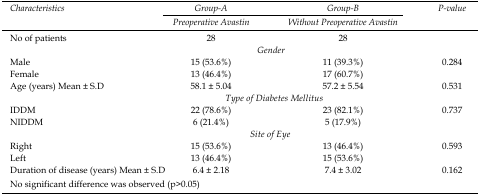
<table><thead><tr><td rowspan="3"><b>Characteristics</b></td><td><b>Group-A</b></td><td><b>Group-B</b></td><td rowspan="3"><b>P-value</b></td></tr><tr><td><b>Preoperative Avastin</b></td><td><b>Without Preoperative Avastin</b></td></tr></thead><tbody><tr><td>No of patients</td><td>28</td><td>28</td><td>[EMPTY_CELL]</td></tr><tr><td>[EMPTY_CELL]</td><td colspan="2"><i>Gender</i></td><td>[EMPTY_CELL]</td></tr><tr><td>Male</td><td>15 (53.6%)</td><td>11 (39.3%)</td><td>0.284</td></tr><tr><td>Female</td><td>13 (46.4%)</td><td>17 (60.7%)</td></tr><tr><td>Age (years) Mean ± S.D</td><td>58.1 ± 5.04</td><td>57.2 ± 5.54</td><td>0.531</td></tr><tr><td>[EMPTY_CELL]</td><td colspan="2"><i>Type of Diabetes Mellitus</i></td><td>[EMPTY_CELL]</td></tr><tr><td>IDDM</td><td>22 (78.6%)</td><td>23 (82.1%)</td><td>0.737</td></tr><tr><td>NIDDM</td><td>6 (21.4%)</td><td>5 (17.9%)</td></tr><tr><td>[EMPTY_CELL]</td><td colspan="2"><i>Site of Eye</i></td><td>[EMPTY_CELL]</td></tr><tr><td>Right</td><td>15 (53.6%)</td><td>13 (46.4%)</td><td>0.593</td></tr><tr><td>Left</td><td>13 (46.4%)</td><td>15 (53.6%)</td><td>[EMPTY_CELL]</td></tr><tr><td>Duration of disease (years) Mean ± S.D</td><td>6.4 ± 2.18</td><td>7.4 ± 3.02</td><td>0.162</td></tr><tr><td>No significant difference was observed (p&gt;0.05)</td><td>[EMPTY_CELL]</td><td>[EMPTY_CELL]</td><td>[EMPTY_CELL]</td></tr></tbody></table>